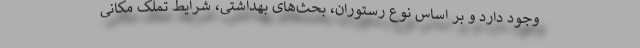
وجود دارد و بر اساس نوع رستوران، بحث‌های بهداشتی، شرایط تملک مکانی